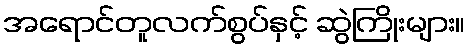
အရောင်တူလက်စွပ်နှင့် ဆွဲကြိုးများ။